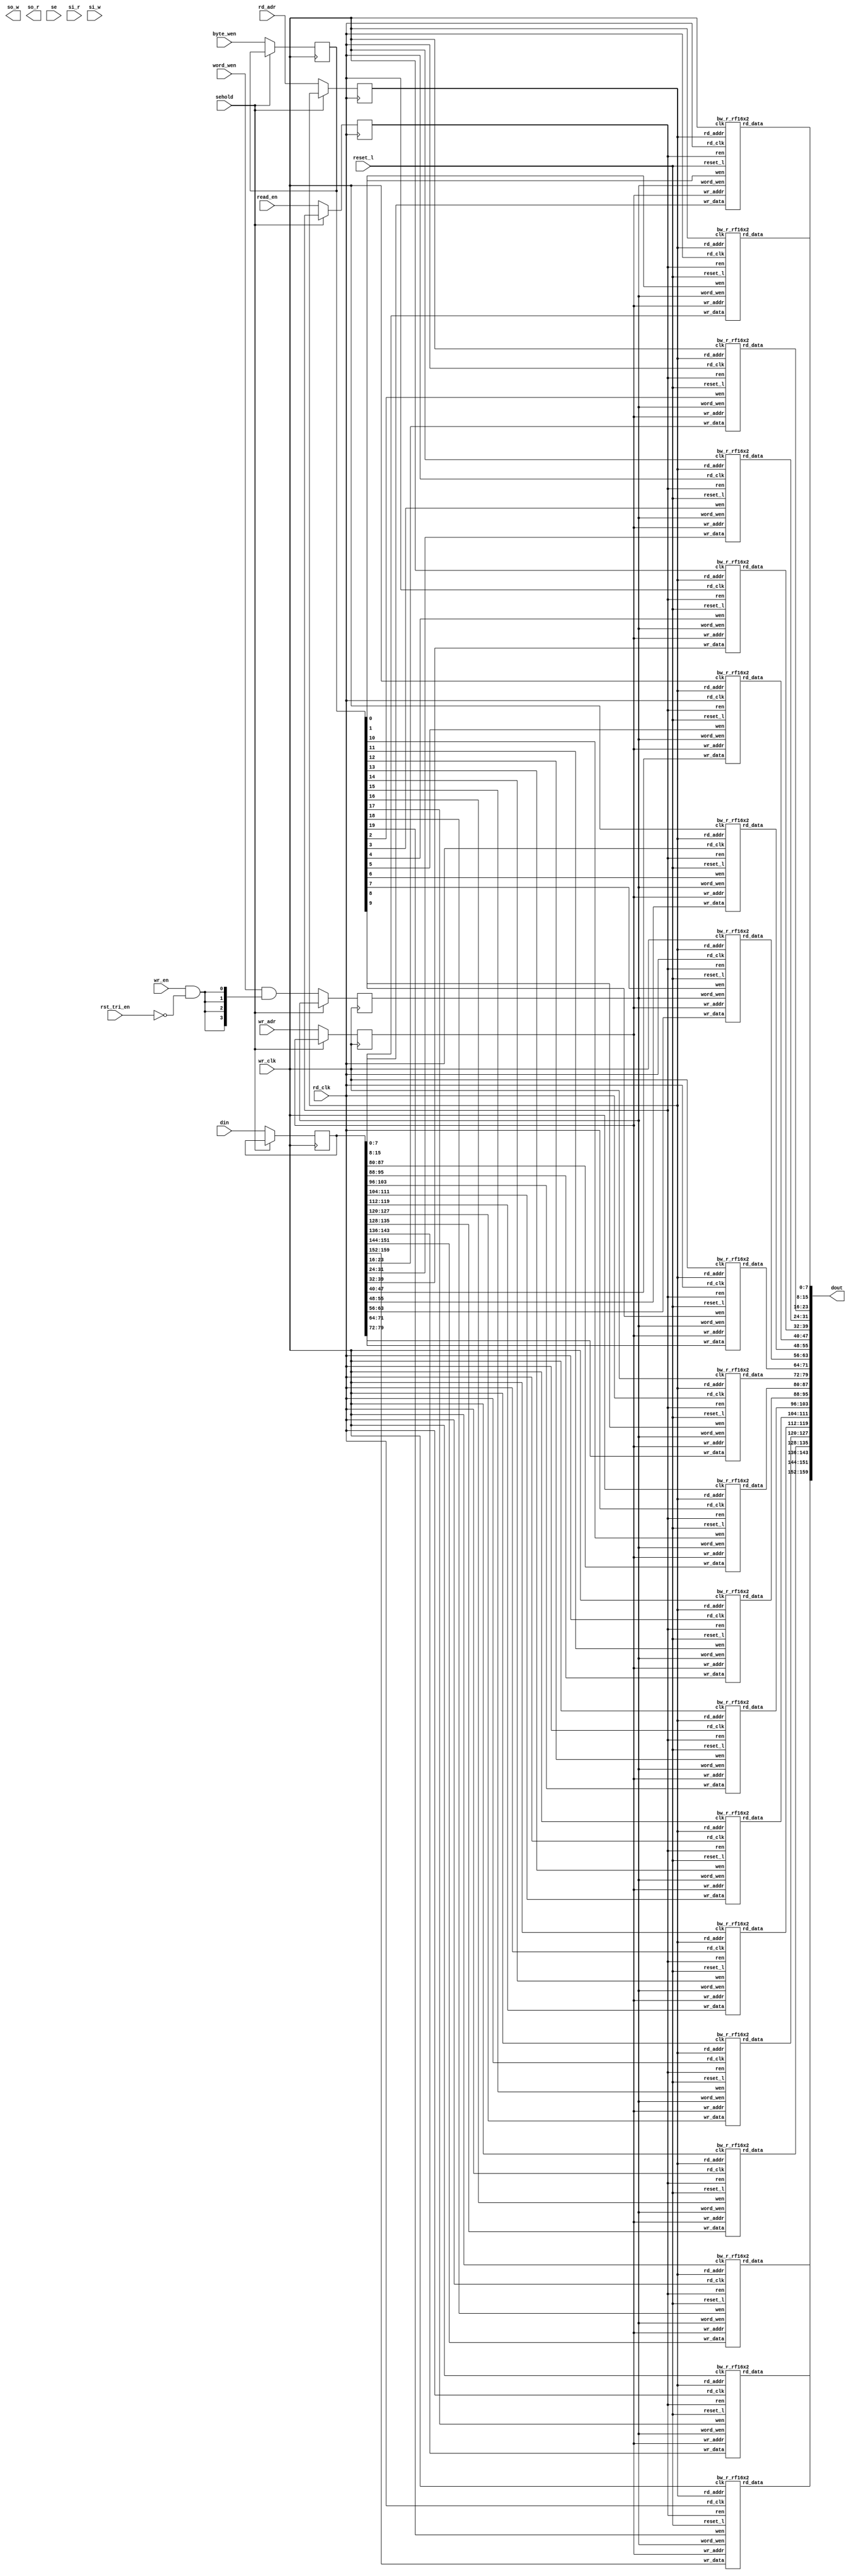
// ========== Copyright Header Begin ==========================================
// 
// OpenSPARC T1 Processor File: bw_r_rf16x160.v
// Copyright (c) 2006 Sun Microsystems, Inc.  All Rights Reserved.
// DO NOT ALTER OR REMOVE COPYRIGHT NOTICES.
// 
// The above named program is free software; you can redistribute it and/or
// modify it under the terms of the GNU General Public
// License version 2 as published by the Free Software Foundation.
// 
// The above named program is distributed in the hope that it will be 
// useful, but WITHOUT ANY WARRANTY; without even the implied warranty of
// MERCHANTABILITY or FITNESS FOR A PARTICULAR PURPOSE.  See the GNU
// General Public License for more details.
// 
// You should have received a copy of the GNU General Public
// License along with this work; if not, write to the Free Software
// Foundation, Inc., 51 Franklin St, Fifth Floor, Boston, MA 02110-1301, USA.
// 
// ========== Copyright Header End ============================================
 ////////////////////////////////////////////////////////////////////////
// 16 X 160 R1 W1 RF macro
// REad/Write ports can be accessed in PH1 only.
////////////////////////////////////////////////////////////////////////

//FPGA_SYN enables all FPGA related modifications
 



module bw_r_rf16x160(/*AUTOARG*/
   // Outputs
   dout, so_w, so_r, 
   // Inputs
   din, rd_adr, wr_adr, read_en, wr_en, rst_tri_en, word_wen, 
   byte_wen, rd_clk, wr_clk, se, si_r, si_w, reset_l, sehold
   );

   input [159:0]  din; // data input
   input [3:0]    rd_adr;   // read addr 
   input [3:0]	  wr_adr;  // write addr
   input          read_en;  
   input	  wr_en;	//   used in conjunction with
				//  word_wen and byte_wen 
   input	  rst_tri_en ; // gates off writes during SCAN.
   input [3:0]    word_wen; // word enables ( if you don't use these
			    // tie them to Vdd )
   input [19:0]	  byte_wen;	// byte enables ( if you don't use these
                            // tie them to Vdd )
   input          rd_clk;
   input          wr_clk;
   input          se, si_r, si_w ;
   input	  reset_l;
   input	  sehold; // hold scan in data.

   output [159:0] dout;
   output         so_w;
   output         so_r;
   

   // local signals
   reg  [159:0]   wrdata_d1;

   reg  [3:0]     rdptr_d1, wrptr_d1;
   reg            ren_d1;
   reg 	          wr_en_d1;





   wire          so;









   // internal variable
   integer          i, j;
   reg     [159:0]  temp, data_in, tmp_dout;
   reg     [3:0]    word_wen_d1;
   reg     [3:0]    word_wen_d2;
   reg     [19:0]   byte_wen_d1;
   reg			rst_tri_en_d1;


//-------

always @ (posedge wr_clk)
begin
  wrdata_d1[159:0]  <= (sehold) ? wrdata_d1[159:0]  : din[159:0];
  wr_en_d1          <= (sehold) ? wr_en_d1          : wr_en;
  word_wen_d1[3:0]  <= (sehold) ? word_wen_d1[3:0]  : word_wen[3:0];
  word_wen_d2[3:0]  <= (sehold) ? word_wen_d2[3:0]  : (word_wen[3:0] &
				{4{wr_en & ~rst_tri_en}});
  byte_wen_d1[19:0] <= (sehold) ? byte_wen_d1[19:0] : byte_wen[19:0];
  wrptr_d1[3:0]     <= (sehold) ? wrptr_d1[3:0]     : wr_adr[3:0];

  rst_tri_en_d1 <= rst_tri_en ; // not a real flop. ONly used as a trigger.
end
//-------








































































































































































//-------

always @ (posedge rd_clk)
begin
  ren_d1        <= (sehold) ? ren_d1        : read_en;
  rdptr_d1[3:0] <= (sehold) ? rdptr_d1[3:0] : rd_adr[3:0];
end
//-------









bw_r_rf16x2 arr0 (
	.word_wen(word_wen_d2),
	.wen(byte_wen_d1[ 0]),
	.ren(ren_d1),
	.wr_addr(wrptr_d1),
	.rd_addr(rdptr_d1),
	.wr_data(wrdata_d1[  7:  0]),
	.rd_data(dout[  7:  0]),
	.clk(wr_clk),
	.rd_clk(rd_clk),
	.reset_l(reset_l));

bw_r_rf16x2 arr1 (
	.word_wen(word_wen_d2),
	.wen(byte_wen_d1[ 1]),
	.ren(ren_d1),
	.wr_addr(wrptr_d1),
	.rd_addr(rdptr_d1),
	.wr_data(wrdata_d1[ 15:  8]),
	.rd_data(dout[ 15:  8]),
	.clk(wr_clk),
	.rd_clk(rd_clk),
	.reset_l(reset_l));

bw_r_rf16x2 arr2 (
	.word_wen(word_wen_d2),
	.wen(byte_wen_d1[ 2]),
	.ren(ren_d1),
	.wr_addr(wrptr_d1),
	.rd_addr(rdptr_d1),
	.wr_data(wrdata_d1[ 23: 16]),
	.rd_data(dout[ 23: 16]),
	.clk(wr_clk),
	.rd_clk(rd_clk),
	.reset_l(reset_l));

bw_r_rf16x2 arr3 (
	.word_wen(word_wen_d2),
	.wen(byte_wen_d1[ 3]),
	.ren(ren_d1),
	.wr_addr(wrptr_d1),
	.rd_addr(rdptr_d1),
	.wr_data(wrdata_d1[ 31: 24]),
	.rd_data(dout[ 31: 24]),
	.clk(wr_clk),
	.rd_clk(rd_clk),
	.reset_l(reset_l));

bw_r_rf16x2 arr4 (
	.word_wen(word_wen_d2),
	.wen(byte_wen_d1[ 4]),
	.ren(ren_d1),
	.wr_addr(wrptr_d1),
	.rd_addr(rdptr_d1),
	.wr_data(wrdata_d1[ 39: 32]),
	.rd_data(dout[ 39: 32]),
	.clk(wr_clk),
	.rd_clk(rd_clk),
	.reset_l(reset_l));

bw_r_rf16x2 arr5 (
	.word_wen(word_wen_d2),
	.wen(byte_wen_d1[ 5]),
	.ren(ren_d1),
	.wr_addr(wrptr_d1),
	.rd_addr(rdptr_d1),
	.wr_data(wrdata_d1[ 47: 40]),
	.rd_data(dout[ 47: 40]),
	.clk(wr_clk),
	.rd_clk(rd_clk),
	.reset_l(reset_l));

bw_r_rf16x2 arr6 (
	.word_wen(word_wen_d2),
	.wen(byte_wen_d1[ 6]),
	.ren(ren_d1),
	.wr_addr(wrptr_d1),
	.rd_addr(rdptr_d1),
	.wr_data(wrdata_d1[ 55: 48]),
	.rd_data(dout[ 55: 48]),
	.clk(wr_clk),
	.rd_clk(rd_clk),
	.reset_l(reset_l));

bw_r_rf16x2 arr7 (
	.word_wen(word_wen_d2),
	.wen(byte_wen_d1[ 7]),
	.ren(ren_d1),
	.wr_addr(wrptr_d1),
	.rd_addr(rdptr_d1),
	.wr_data(wrdata_d1[ 63: 56]),
	.rd_data(dout[ 63: 56]),
	.clk(wr_clk),
	.rd_clk(rd_clk),
	.reset_l(reset_l));

bw_r_rf16x2 arr8 (
	.word_wen(word_wen_d2),
	.wen(byte_wen_d1[ 8]),
	.ren(ren_d1),
	.wr_addr(wrptr_d1),
	.rd_addr(rdptr_d1),
	.wr_data(wrdata_d1[ 71: 64]),
	.rd_data(dout[ 71: 64]),
	.clk(wr_clk),
	.rd_clk(rd_clk),
	.reset_l(reset_l));

bw_r_rf16x2 arr9 (
	.word_wen(word_wen_d2),
	.wen(byte_wen_d1[ 9]),
	.ren(ren_d1),
	.wr_addr(wrptr_d1),
	.rd_addr(rdptr_d1),
	.wr_data(wrdata_d1[ 79: 72]),
	.rd_data(dout[ 79: 72]),
	.clk(wr_clk),
	.rd_clk(rd_clk),
	.reset_l(reset_l));

bw_r_rf16x2 arr10(
	.word_wen(word_wen_d2),
	.wen(byte_wen_d1[10]),
	.ren(ren_d1),
	.wr_addr(wrptr_d1),
	.rd_addr(rdptr_d1),
	.wr_data(wrdata_d1[ 87: 80]),
	.rd_data(dout[ 87: 80]),
	.clk(wr_clk),
	.rd_clk(rd_clk),
	.reset_l(reset_l));

bw_r_rf16x2 arr11(
	.word_wen(word_wen_d2),
	.wen(byte_wen_d1[11]),
	.ren(ren_d1),
	.wr_addr(wrptr_d1),
	.rd_addr(rdptr_d1),
	.wr_data(wrdata_d1[ 95: 88]),
	.rd_data(dout[ 95: 88]),
	.clk(wr_clk),
	.rd_clk(rd_clk),
	.reset_l(reset_l));

bw_r_rf16x2 arr12(
	.word_wen(word_wen_d2),
	.wen(byte_wen_d1[12]),
	.ren(ren_d1),
	.wr_addr(wrptr_d1),
	.rd_addr(rdptr_d1),
	.wr_data(wrdata_d1[103: 96]),
	.rd_data(dout[103: 96]),
	.clk(wr_clk),
	.rd_clk(rd_clk),
	.reset_l(reset_l));

bw_r_rf16x2 arr13(
	.word_wen(word_wen_d2),
	.wen(byte_wen_d1[13]),
	.ren(ren_d1),
	.wr_addr(wrptr_d1),
	.rd_addr(rdptr_d1),
	.wr_data(wrdata_d1[111:104]),
	.rd_data(dout[111:104]),
	.clk(wr_clk),
	.rd_clk(rd_clk),
	.reset_l(reset_l));

bw_r_rf16x2 arr14(
	.word_wen(word_wen_d2),
	.wen(byte_wen_d1[14]),
	.ren(ren_d1),
	.wr_addr(wrptr_d1),
	.rd_addr(rdptr_d1),
	.wr_data(wrdata_d1[119:112]),
	.rd_data(dout[119:112]),
	.clk(wr_clk),
	.rd_clk(rd_clk),
	.reset_l(reset_l));

bw_r_rf16x2 arr15(
	.word_wen(word_wen_d2),
	.wen(byte_wen_d1[15]),
	.ren(ren_d1),
	.wr_addr(wrptr_d1),
	.rd_addr(rdptr_d1),
	.wr_data(wrdata_d1[127:120]),
	.rd_data(dout[127:120]),
	.clk(wr_clk),
	.rd_clk(rd_clk),
	.reset_l(reset_l));

bw_r_rf16x2 arr16(
	.word_wen(word_wen_d2),
	.wen(byte_wen_d1[16]),
	.ren(ren_d1),
	.wr_addr(wrptr_d1),
	.rd_addr(rdptr_d1),
	.wr_data(wrdata_d1[135:128]),
	.rd_data(dout[135:128]),
	.clk(wr_clk),
	.rd_clk(rd_clk),
	.reset_l(reset_l));

bw_r_rf16x2 arr17(
	.word_wen(word_wen_d2),
	.wen(byte_wen_d1[17]),
	.ren(ren_d1),
	.wr_addr(wrptr_d1),
	.rd_addr(rdptr_d1),
	.wr_data(wrdata_d1[143:136]),
	.rd_data(dout[143:136]),
	.clk(wr_clk),
	.rd_clk(rd_clk),
	.reset_l(reset_l));

bw_r_rf16x2 arr18(
	.word_wen(word_wen_d2),
	.wen(byte_wen_d1[18]),
	.ren(ren_d1),
	.wr_addr(wrptr_d1),
	.rd_addr(rdptr_d1),
	.wr_data(wrdata_d1[151:144]),
	.rd_data(dout[151:144]),
	.clk(wr_clk),
	.rd_clk(rd_clk),
	.reset_l(reset_l));

bw_r_rf16x2 arr19(
	.word_wen(word_wen_d2),
	.wen(byte_wen_d1[19]),
	.ren(ren_d1),
	.wr_addr(wrptr_d1),
	.rd_addr(rdptr_d1),
	.wr_data(wrdata_d1[159:152]),
	.rd_data(dout[159:152]),
	.clk(wr_clk),
	.rd_clk(rd_clk),
	.reset_l(reset_l));


























































































































































endmodule // rf_16x160



module bw_r_rf16x2(word_wen, wen, ren, wr_addr, rd_addr, wr_data,
	rd_data, clk, rd_clk, reset_l);
  input [3:0] word_wen;
  input	      wen;
  input	      ren;
  input	[3:0] wr_addr;
  input [3:0] rd_addr;
  input [7:0] wr_data;
  output [7:0] rd_data;
  input	clk;
  input	rd_clk;
  input reset_l;

  reg	[7:0] rd_data_temp;

  reg [1:0] inq_ary0[15:0];
  reg [1:0] inq_ary1[15:0];
  reg [1:0] inq_ary2[15:0];
  reg [1:0] inq_ary3[15:0];

  always @(posedge clk) begin
    if(reset_l & wen & word_wen[0])
      inq_ary0[wr_addr] = {wr_data[4],wr_data[0]};
    if(reset_l & wen & word_wen[1])
      inq_ary1[wr_addr] = {wr_data[5],wr_data[1]};
    if(reset_l & wen & word_wen[2])
      inq_ary2[wr_addr] = {wr_data[6],wr_data[2]};
    if(reset_l & wen & word_wen[3])
      inq_ary3[wr_addr] = {wr_data[7],wr_data[3]};
  end

  always @(negedge rd_clk) begin
    if (~reset_l) begin
      rd_data_temp = 8'b0;
    end else if(ren == 1'b1) begin
        rd_data_temp = {inq_ary3[rd_addr], inq_ary2[rd_addr], inq_ary1[rd_addr], inq_ary0[rd_addr]};
    end
  end

  assign rd_data = {rd_data_temp[7], rd_data_temp[5], rd_data_temp[3], 
		rd_data_temp[1], rd_data_temp[6], rd_data_temp[4], 
		rd_data_temp[2], rd_data_temp[0]};

endmodule